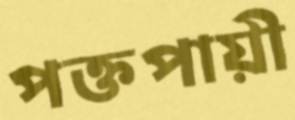
পক্তপায়ী